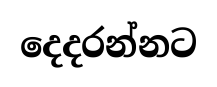
දෙදරන්නට